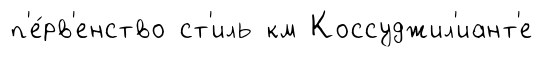
п'е́рв'енство ст'иль км Коссуджил'иант'е